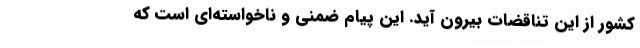
کشور از این تناقضات بیرون آید. این پیام ضمنی و ناخواسته‌ای است که